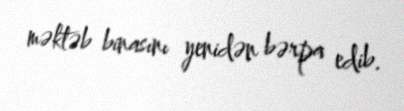
məktəb binasını yenidən bərpa edib.